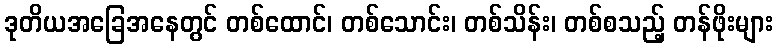
ဒုတိယအခြေအနေတွင် တစ်ထောင်၊ တစ်သောင်း၊ တစ်သိန်း၊ တစ်စသည့် တန်ဖိုးများ